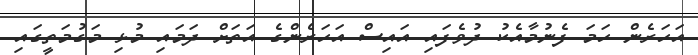
އަހަރެން ހަމަ ފެނުމާއެކު ދުވެފައި އައިސް އަހަރެންގެ އަތަށް ދަމައި މުޅި މަގުމަތީގައި